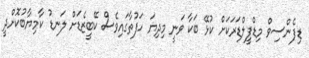
ޑިފެންސިވް މިޑްފީލްޑަރަކަށް ކުޅޭ ބަކާ ވަނީ މިދިޔަ ހަފުތާގައިވެސް ކޭބީޒެޑަށް ލަނޑު ކާމިޔާބުކޮށްދީ